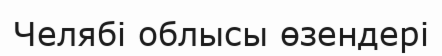
Челябі облысы өзендері